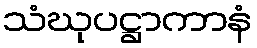
သံဃုပဋ္ဌာကာနံ